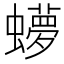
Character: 𬠳